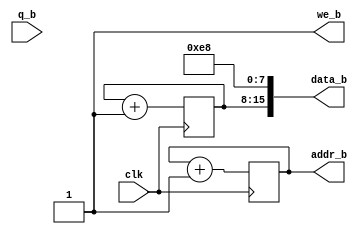
module RAMTestInitializer(
	input clk,
	output [15:0] data_b,
	output [11:0] addr_b,
	output we_b,
	input [15:0] q_b
);
	/*
	assign we_b = 1;
	assign data_b =  {8'd68, 6'b111010, 8'd77, 10'b1010010000};
	always @(posedge clk)
	begin
	addr_b = addr_b + 1;
	end
	*/

	reg [7:0] dataC;
	reg [11:0] addrC;

	assign addr_b = addrC[11:0];
	assign data_b = {dataC[7:0], 8'b11101000};
	assign we_b = 1'b1;

	always @(posedge clk)
	begin
		addrC <= addrC + 1;
		dataC <= dataC + 1;
	end

endmodule